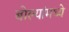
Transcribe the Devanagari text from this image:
बोल्यांमध्ये